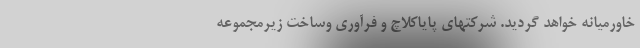
خاورمیانه خواهد گردید. شرکتهای پایاکلاچ و فرآوری وساخت زیرمجموعه